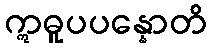
ဣဓူပပန္နောတိ